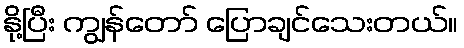
နို့ပြီး ကျွန်တော် ပြောချင်သေးတယ်။